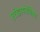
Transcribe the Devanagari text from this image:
एरोडायनेमिक्स